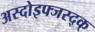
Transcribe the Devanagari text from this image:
अस्दोइफ्जस्द्क्